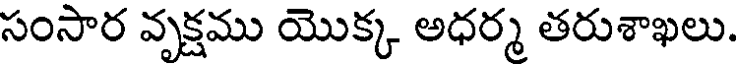
సంసార వృక్షము యొక్క అధర్మ తరుశాఖలు.